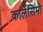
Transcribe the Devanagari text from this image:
कार्लेसिमो